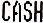
CASH